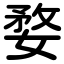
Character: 婺